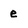
Character: e